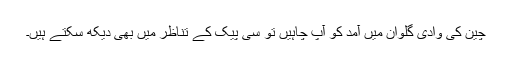
چین کی وادی گلوان میں آمد کو آپ چاہیں تو سی پیک کے تناظر میں بھی دیکھ سکتے ہیں۔